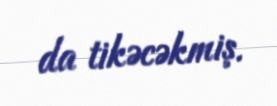
da tikəcəkmiş.